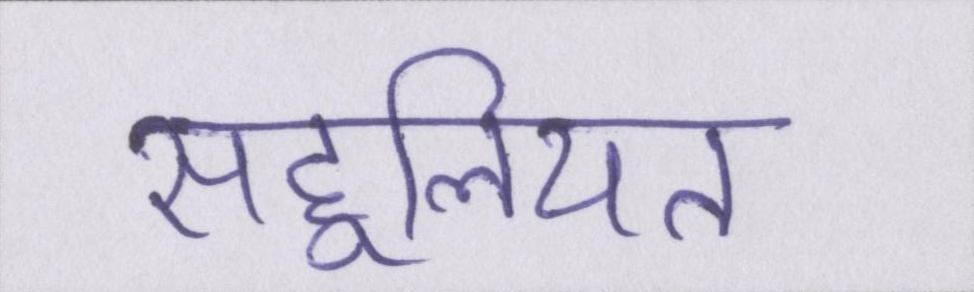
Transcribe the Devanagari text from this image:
सहूलियत